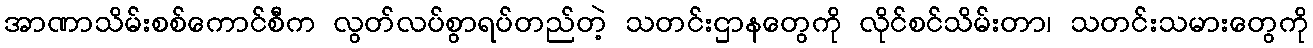
အာဏာသိမ်းစစ်ကောင်စီက လွတ်လပ်စွာရပ်တည်တဲ့ သတင်းဌာနတွေကို လိုင်စင်သိမ်းတာ၊ သတင်းသမားတွေကို